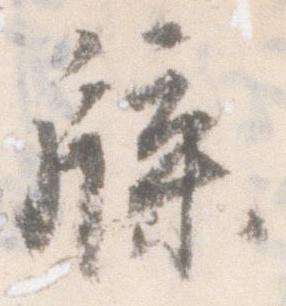
牒